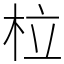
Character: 柆